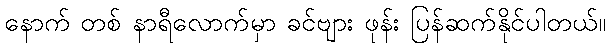
နောက် တစ် နာရီလောက်မှာ ခင်ဗျား ဖုန်း ပြန်ဆက်နိုင်ပါတယ်။